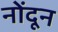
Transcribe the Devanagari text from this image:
नोंदून